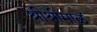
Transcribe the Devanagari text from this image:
श्रीश्रीमाळ